Scottish Certificate of Education, 1962
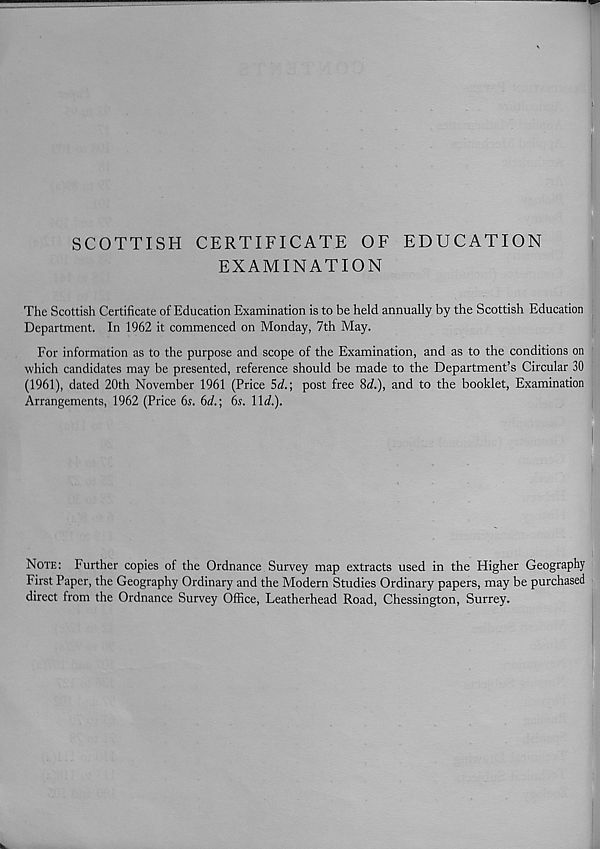
SCOTTISH CERTIFICATE OF EDUCATION
EXAMINATION
The Scottish Certificate of Education Examination is to be held annually by the Scottish Education
Department. In 1962 it commenced on Monday, 7th May.
For information as to the purpose and scope of the Examination, and as to the conditions on
which candidates may be presented, reference should be made to the Department’s Circular 30
(1961), dated 20th November 1961 (Price Sd.; post free 8i.), and to the booklet, Examination
Arrangements, 1962 (Price 6s. 6rf.; 6s. \\d.).
NOTE:
Further copies of the Ordnance Survey map extracts used in the Higher Geography
First Paper, the Geography Ordinary and the Modern Studies Ordinary papers, may be purchased
direct from the Ordnance Survey Office, Leatherhead Road, Chessington, Surrey.